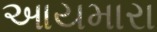
આયમારા